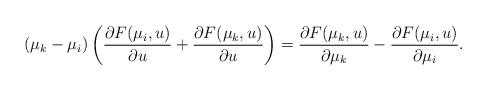
LaTeX: \begin{align*}(\mu_{k}-\mu_{i})\left( \frac{\partial F(\mu_{i},u)}{\partial u}+\frac{\partial F(\mu_{k},u)}{\partial u}\right) =\frac{\partial F(\mu_{k},u)}{\partial \mu_{k}}-\frac{\partial F(\mu_{i},u)}{\partial \mu_{i}}.\end{align*}